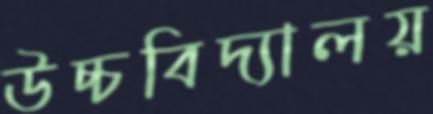
উচ্চবিদ্যালয়